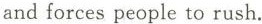
and forces people to rush.